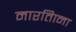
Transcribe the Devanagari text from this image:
मारतिाना